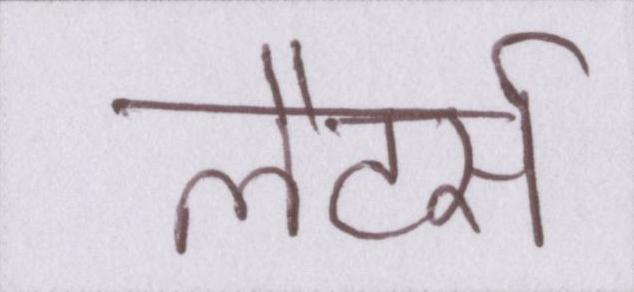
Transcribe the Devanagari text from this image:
लैटर्स